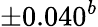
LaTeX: \pm 0.040^{b}